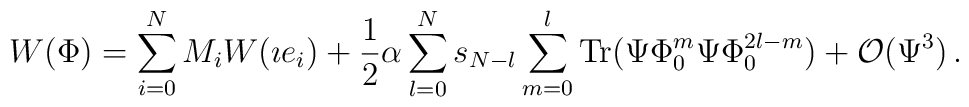
W(\Phi )=\sum_{i=0}^{N}M_{i}W(\imath e_{i})+\frac{1}{2}\alpha\sum_{l=0}^{N}s_{N-l}\sum_{m=0}^{l}{\rm Tr}(\Psi \Phi _{0}^{m}\Psi \Phi_{0}^{2l-m})+{\cal O}(\Psi ^{3})\,.